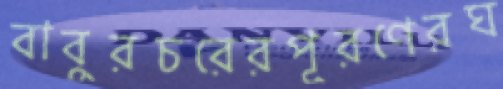
বাবুরচরেরপূরণেরঘ